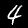
Label: 4